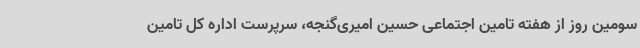
سومین روز از هفته تامین اجتماعی حسین امیری‌گنجه، سرپرست اداره کل تامین